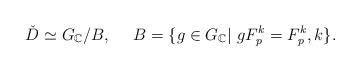
LaTeX: \begin{align*}\check{D}\simeq G_\mathbb{C}/B, \ \ \ \ B=\{ g\in G_\mathbb{C}|~ gF^k_p=F^k_p, k\}.\end{align*}